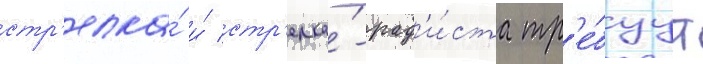
стр'елка́ и́ стр'елка́-рад'и́ста тр'е́буут